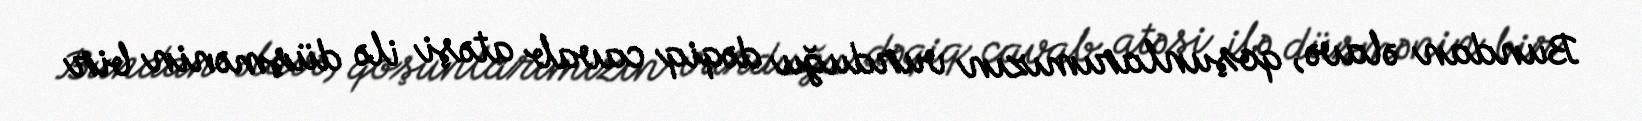
Bundan əlavə, qoşunlarımızın vurduğu dəqiq cavab atəşi ilə düşmənin bir